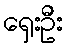
ရှေးဦး